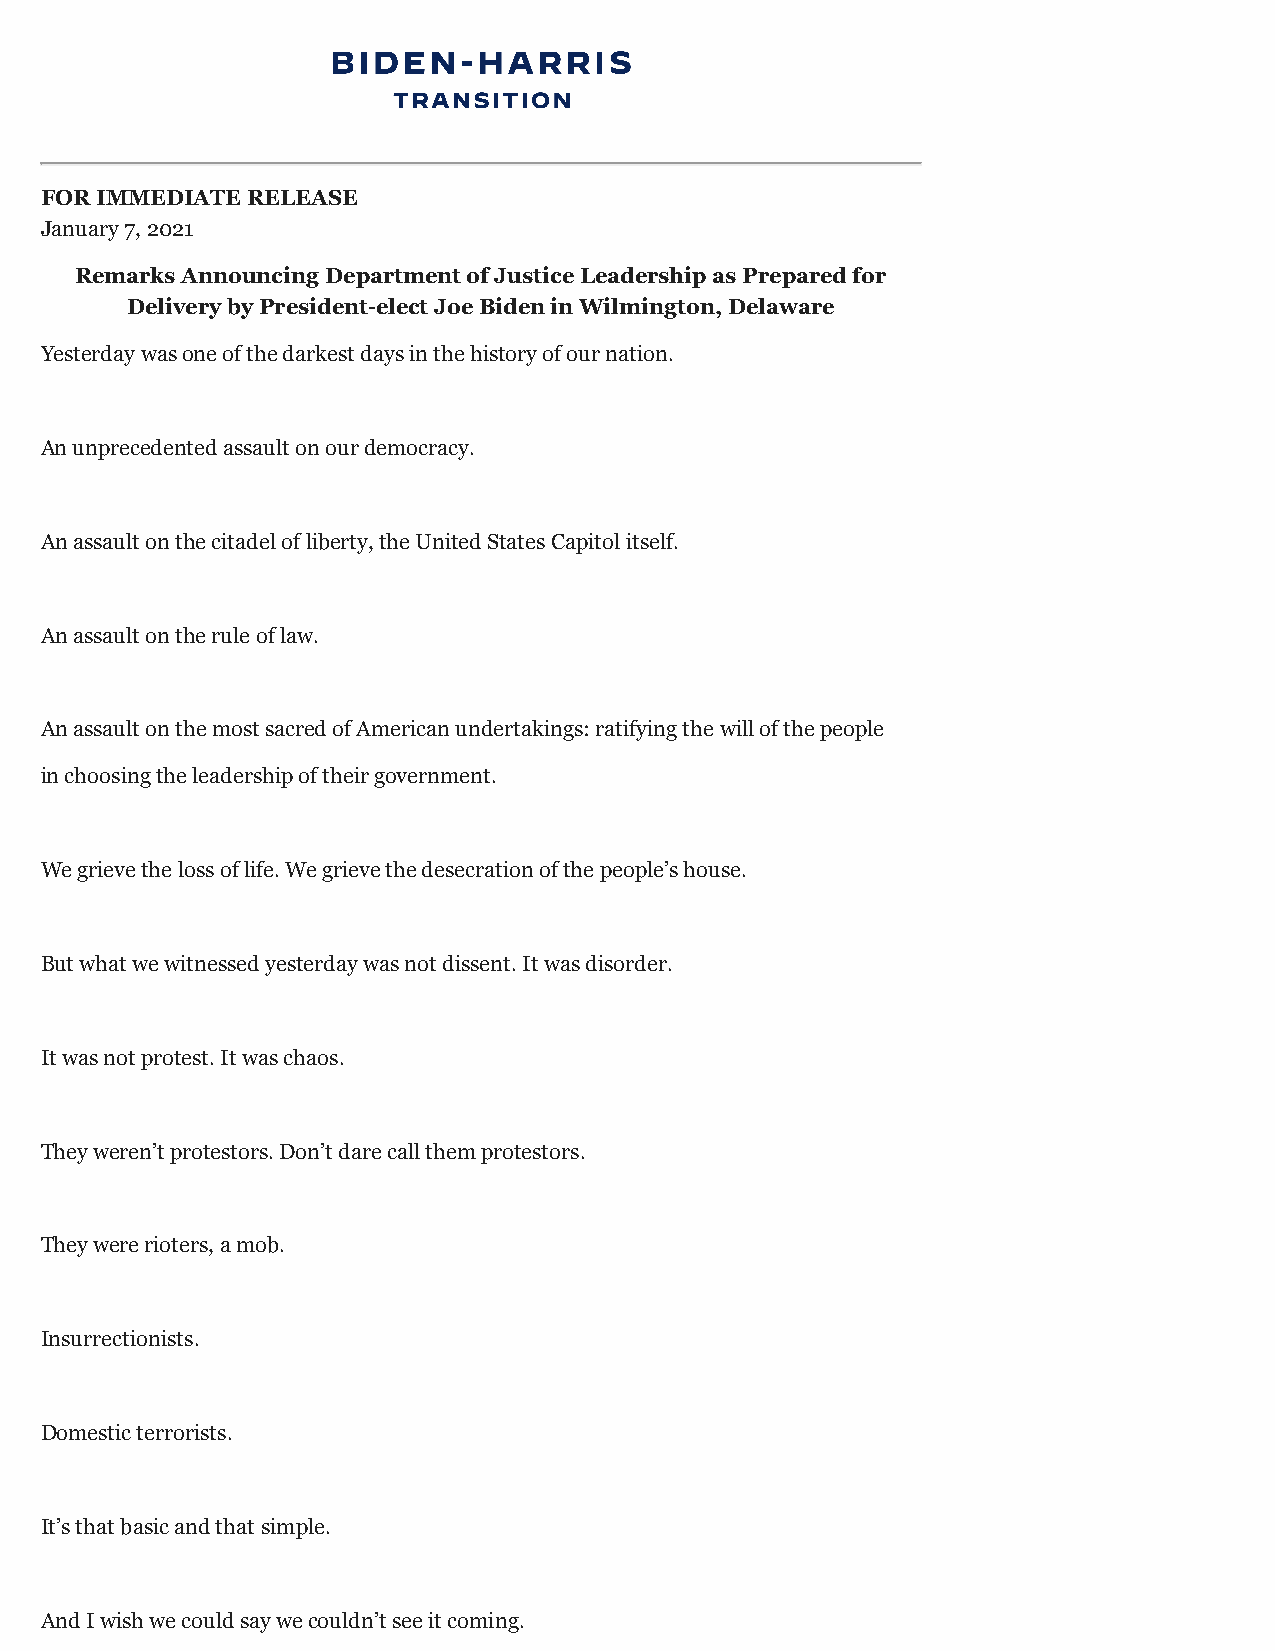
FOR IMMEDIATE RELEASE
 January 7, 2021
 Remarks Announcing Department of Justice Leadership as Prepared for
 Delivery by President-elect Joe Biden in Wilmington, Delaware
 Yesterday was one of the darkest days in the history of our nation.
 An unprecedented assault on our democracy.
 An assault on the citadel of liberty, the United States Capitol itself.
 An assault on the rule of law.
 An assault on the most sacred of American undertakings: ratifying the will of the people
 in choosing the leadership of their government.
 We grieve the loss of life. We grieve the desecration of the people’s house.
 But what we witnessed yesterday was not dissent. It was disorder.
 It was not protest. It was chaos.
 They weren’t protestors. Don’t dare call them protestors.
 They were rioters, a mob.
 Insurrectionists.
 Domestic terrorists.
 It’s that basic and that simple.
 And I wish we could say we couldn’t see it coming.